Trukikaitis_Postimees, lk 20
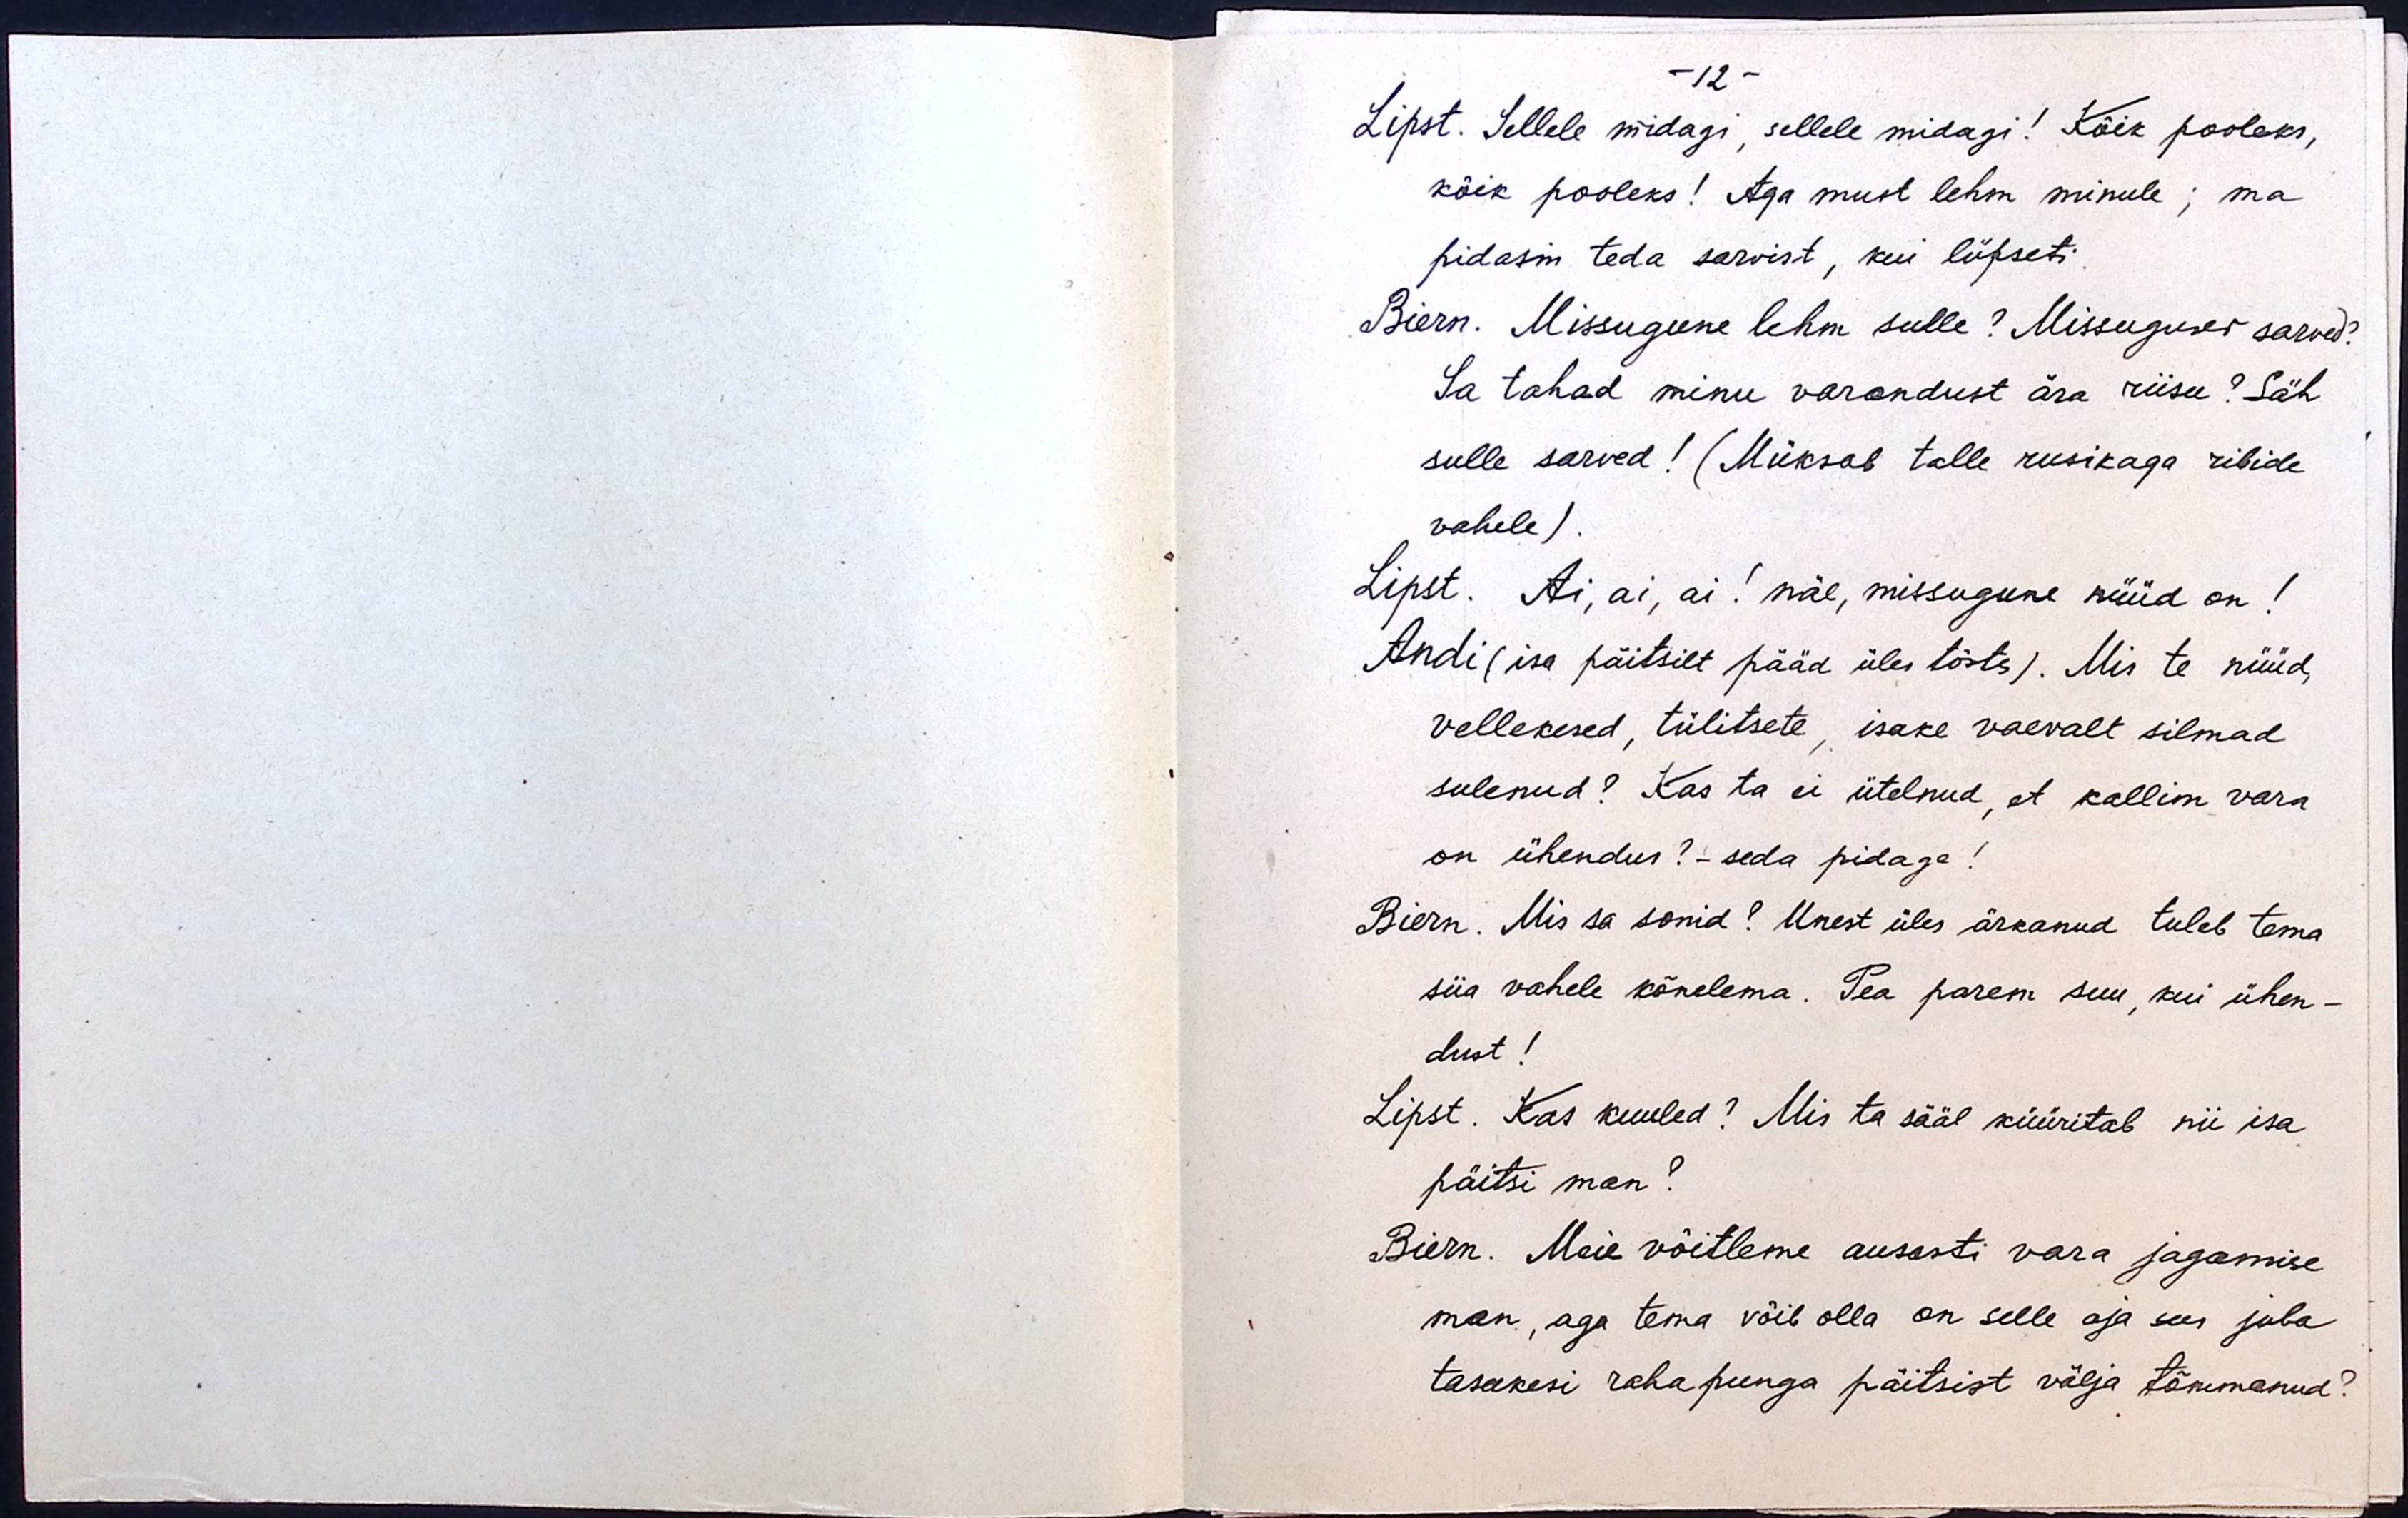
- 12 -
Lipst. Sellele midagi, sellele midagi! Kõik pooleks,
kõik pooleks! Aga must lehm minule; ma
pidasin teda sarvist, kui lüpseti.
Biern. Missugune lehm sulle? Missugused sarved?
Sa tahad minu varandust ära riisu? Säh
sulle sarved! (Müksab talle rusikaga ribide
vahele).
Lipst. Ai, ai, ai! näe, missugune nüüd on!
Andi (isa päitsilt pääd üles tõstes). Mis te nüüd,
vellekesed, tülitsete, isake vaevalt silmad
sulenud? Kas ta ei ütelnud, et kallim vara
on ühendus? - seda pidage!
Biern. Mis sa sonid? Unest üles ärkanud tuleb tema
siia vahele kõnelema. Pea parem suu, kui ühen-
dust!
Lipst. Kas kuuled? Mis ta sääl küüritab nii isa
päitsi man?
Biern. Meie võitleme ausasti vara jagamise
man, aga tema võib olla on selle aja sees juba
tasakesi rahapunga päitsist välja tõnmanud?